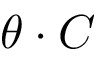
\theta \cdot C